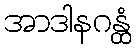
အာဒါနဂန္ထံ